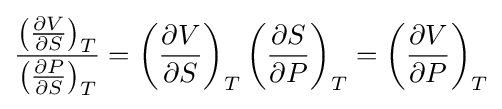
{\frac {\left({\frac {\partial V}{\partial S}}\right)_{T}}{\left({\frac {\partial P}{\partial S}}\right)_{T}}}=\left({\frac {\partial V}{\partial S}}\right)_{T}\left({\frac {\partial S}{\partial P}}\right)_{T}=\left({\frac {\partial V}{\partial P}}\right)_{T}